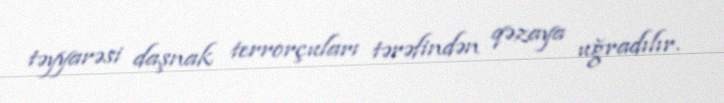
təyyarəsi daşnak terrorçuları tərəfindən qəzaya uğradılır.